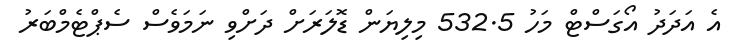
އެ އަދަދުު އޯގަސްޓް މަހު 532.5 މިލިޔަން ޑޮލަރަށް ދަށްވި ނަމަވެސް ސެޕްޓެމްބަރު